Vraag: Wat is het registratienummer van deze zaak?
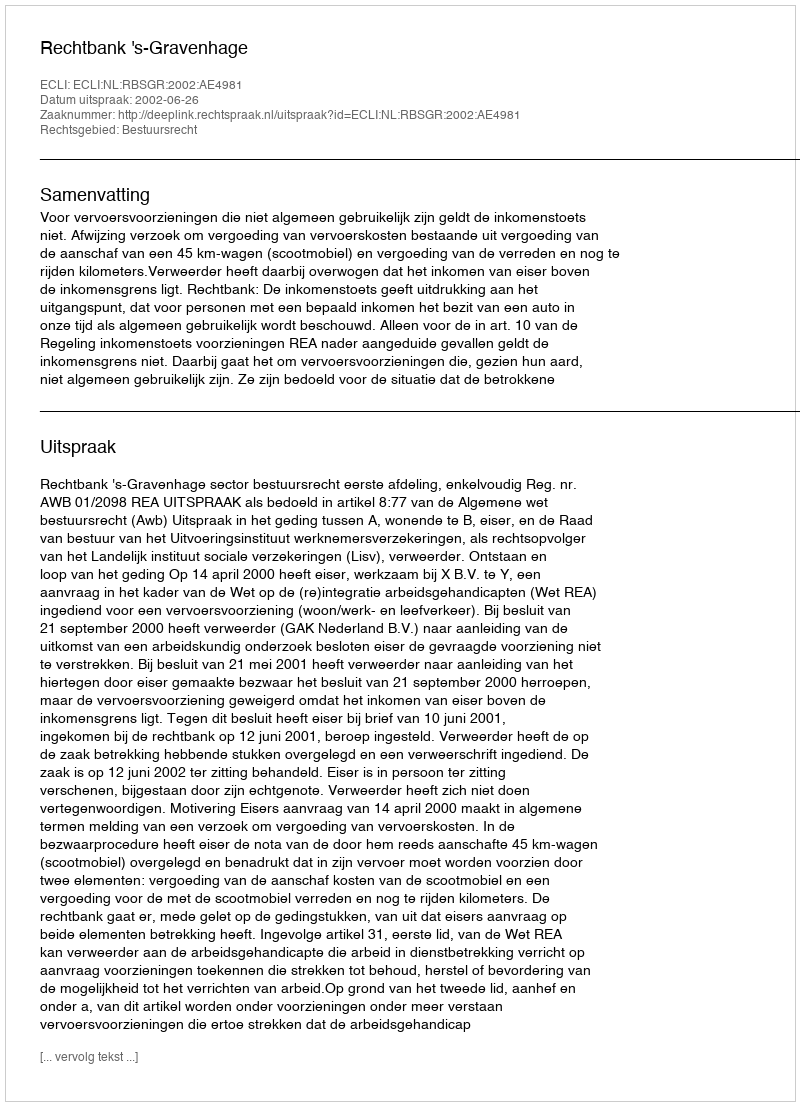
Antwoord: http://deeplink.rechtspraak.nl/uitspraak?id=ECLI:NL:RBSGR:2002:AE4981